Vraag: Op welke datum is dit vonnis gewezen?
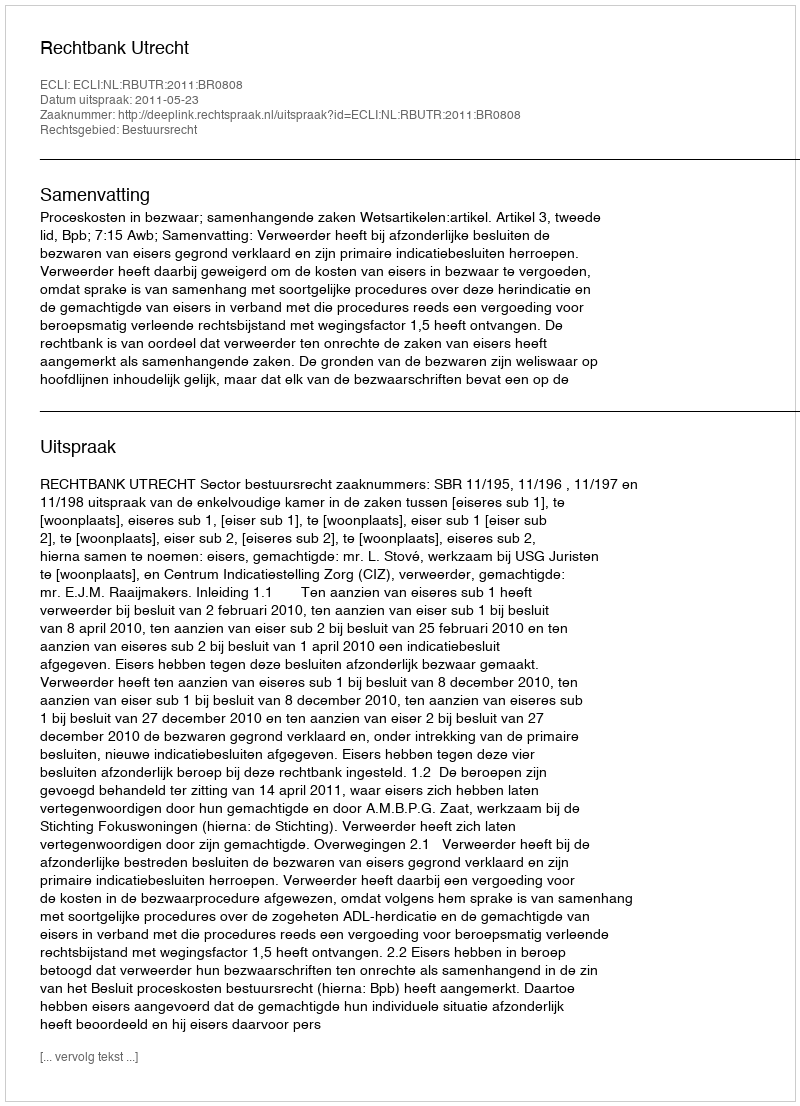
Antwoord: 2011-05-23